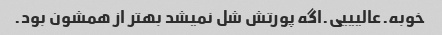
خوبه.عالیییی.اگه پورتش شل نمیشد بهتر از همشون بود.